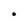
Character: O